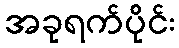
အခုရက်ပိုင်း